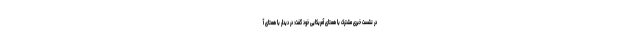
در نشست خبری مشترک با همتای آمریکایی خود گفت: در دیدار با همتای آ